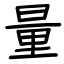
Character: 量